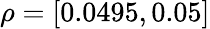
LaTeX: \rho=[0.0495,0.05]